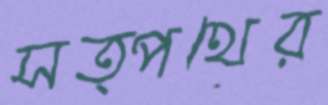
সত্পথের